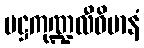
မဋ္ဌကုဏ္ဍလီဝိမာနံ